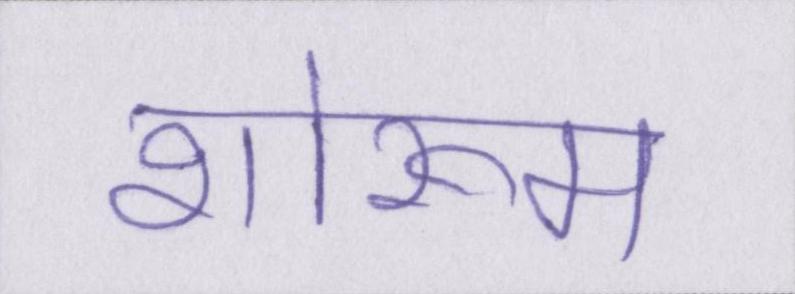
शोरूम